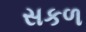
સકળ